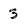
Character: 3